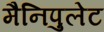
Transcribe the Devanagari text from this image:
मैनिपुलेट